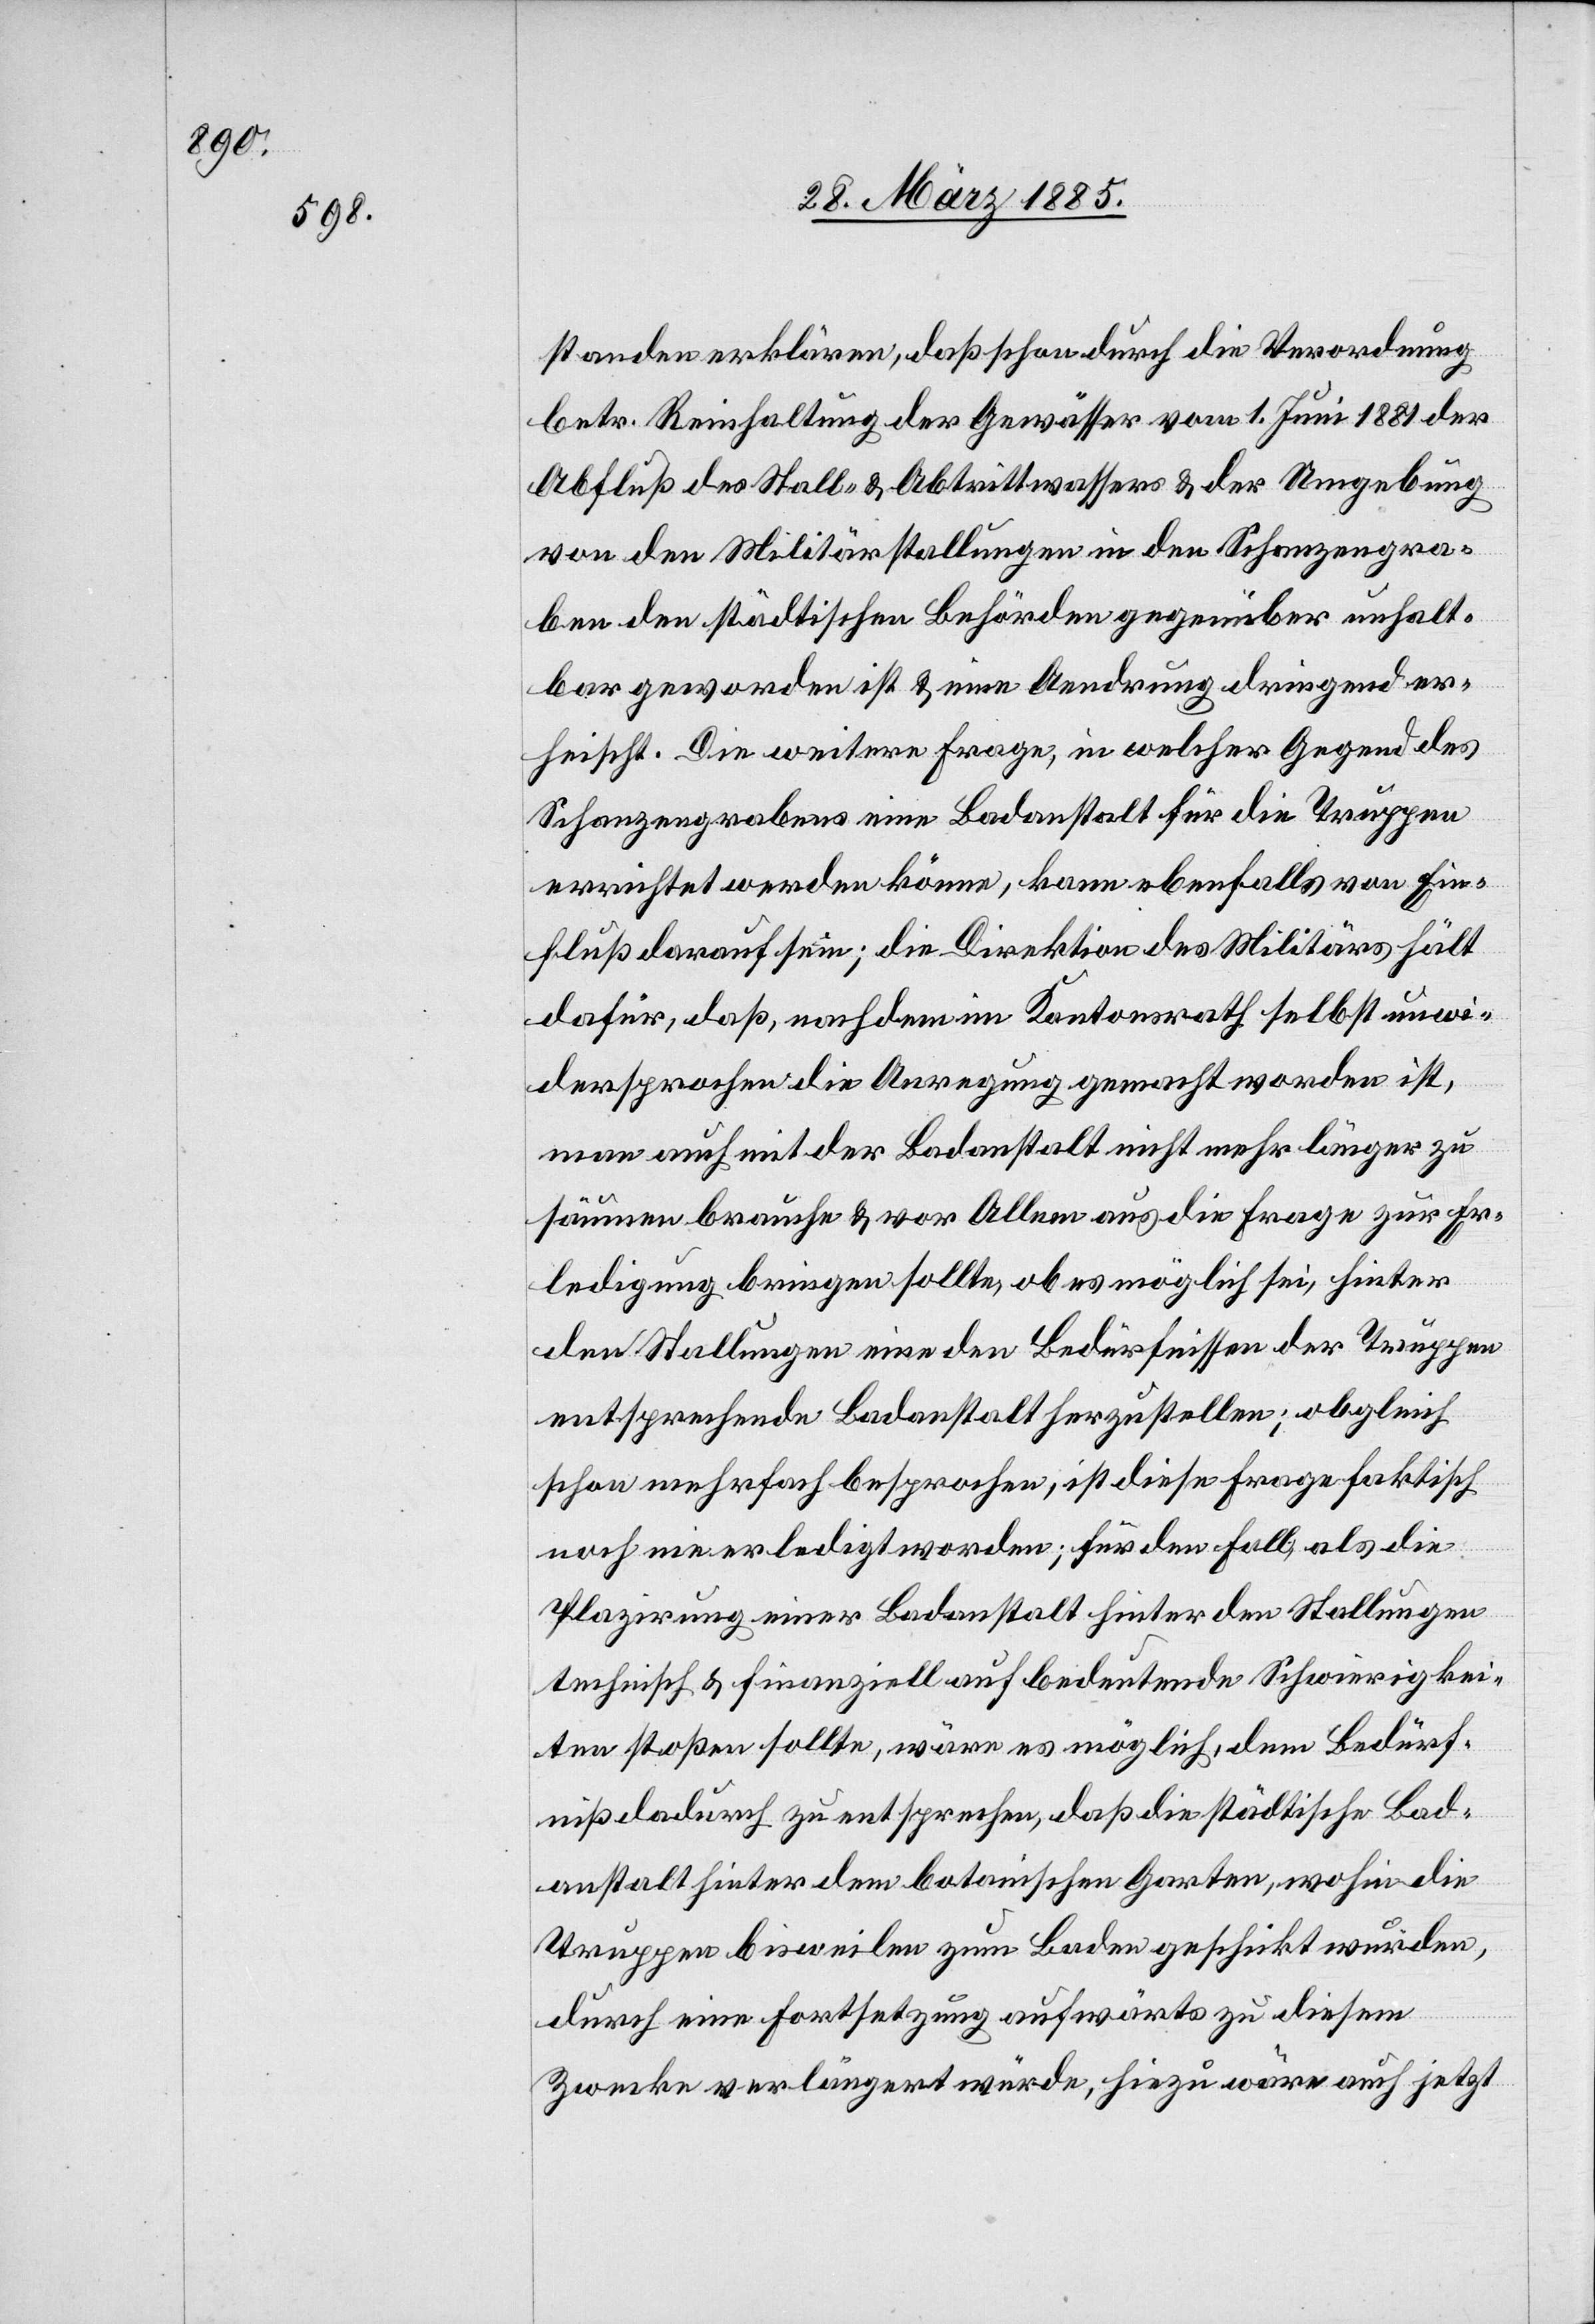
standen erklären, daß schon durch die Verordnung
betr. Reinhaltung der Gewässer vom 1. Juni 1881 der
Abfluß des Stall- & Abtrittwassers & der Umgebung
von den Militärstallungen in den Schanzengra¬
ben den städtischen Behörden gegenüber unhalt¬
bar geworden ist & eine Aend[e]rung dringend er¬
heischt. Die weitere Frage, in welcher Gegend des
Schanzengrabens eine Badanstalt für die Truppen
errichtet werden könne, kann ebenfalls von Ein¬
fluß darauf sein; die Direktion des Militärs hält
dafür, daß, nachdem im Kantonsrath selbst unwi¬
dersprochen die Anregung gemacht worden ist,
man auch mit der Badanstalt nicht mehr länger zu
säumen brauche & vor Allem aus die Frage zur Er¬
ledigung bringen sollte, ob es möglich sei, hinter
den Stallungen eine den Bedürfnissen der Truppen
entsprechende Badanstalt herzustellen; obgleich
schon mehrfach besprochen, ist diese Frage faktisch
noch nie erledigt worden; für den Fall, als die
Plazirung einer Badanstalt hinter den Stallungen
technisch & finanziell auf bedeutende Schwierigkei¬
ten stoßen sollte, wäre es möglich dem Bedürf¬
niß dadurch zu entsprechen, daß die städtische Bad¬
anstalt hinter dem botanischen Garten, wohin die
Truppen bisweilen zum Baden geschickt wurden,
durch eine Fortsetzung aufwärts zu diesem
Zwecke verlängert würde, hiezu wäre auch jetzt